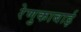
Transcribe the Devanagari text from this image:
रेणुकाबाई